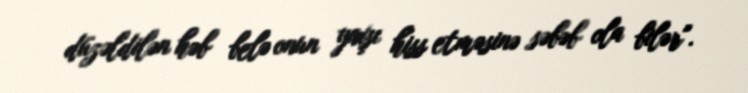
düzəldilən həb belə onun yaxşı hiss etməsinə səbəb ola bilər".